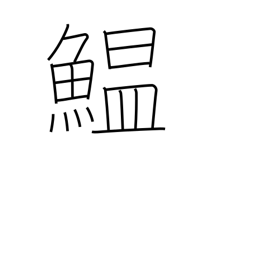
Meaning: sardine